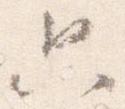
只